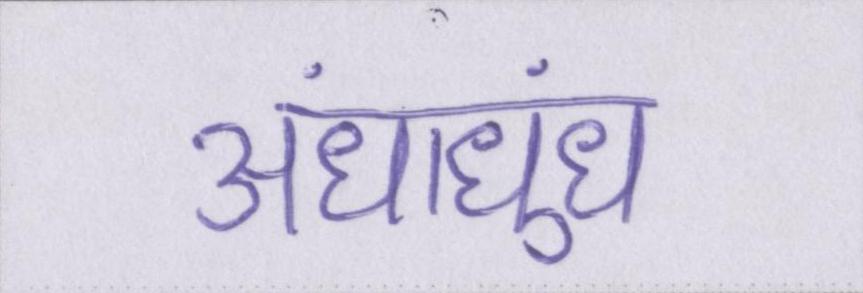
अंधाधुंध